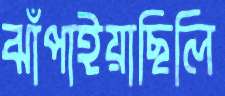
ঝাঁপাইয়াছিলি